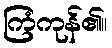
ကြံကုန်၏။